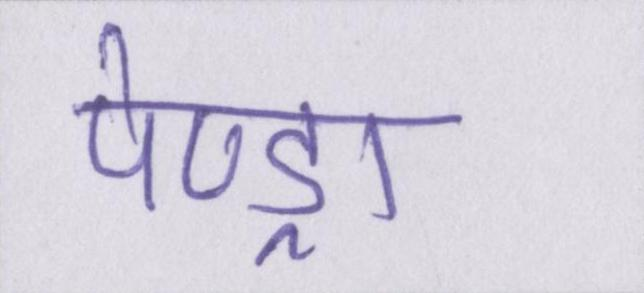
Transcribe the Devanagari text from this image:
पेण्ड्रा